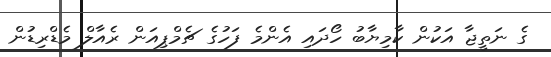
ގެ ނަތީޖާ އަކުން ކާމިޔާބު ހޯދައި އެންމެ ފަހުގެ ޗެމްޕިއަން ރެއާލް މެޑްރިޑުން